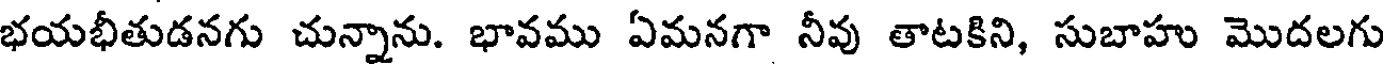
భయభీతుడనగు చున్నాను. భావము ఏమనగా నీవు తాటకిని, సుబాహు మొదలగు